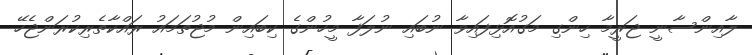
ލާއިންސާނީ ޖަރީމާ ހިންގި މަގުއޮޅިފައިވާ ނުބައި ނުލަފާ މީހުންގެ ކިބައިން މުޖުތަމައު ރައްކާތެރިކުރަންޖެހޭ